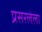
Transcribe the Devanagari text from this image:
प्रसरलेला